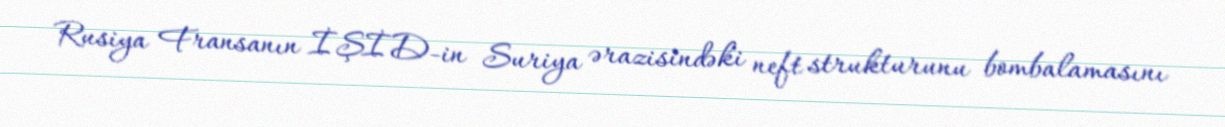
Rusiya Fransanın İŞİD-in Suriya ərazisindəki neft strukturunu bombalamasını